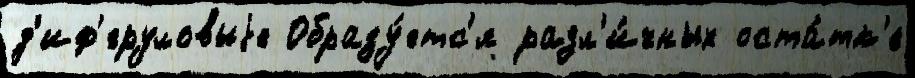
д'иф'еруловыjе Образу́етс'я разл'и́чных оста́тк'е